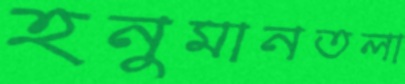
হনুমানতলা